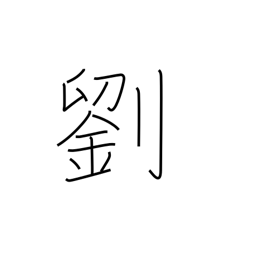
Meaning: faded